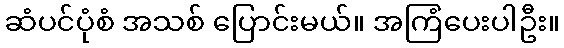
ဆံပင်ပုံစံ အသစ် ပြောင်းမယ်။ အကြံပေးပါဦး။